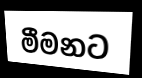
මීමනට